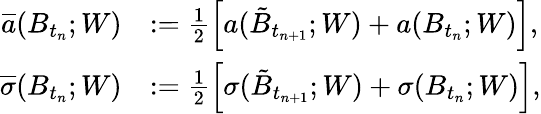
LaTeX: \begin{array}{rl}{\overline{{a}}(B_{t_{n}};W)}&{:=\frac{1}{2}\left[a(\tilde{B}_{t_{n+1}};W)+a(B_{t_{n}};W)\right],}\\ {\overline{{\sigma}}(B_{t_{n}};W)}&{:=\frac{1}{2}\left[\sigma(\tilde{B}_{t_{n+1}};W)+\sigma(B_{t_{n}};W)\right],}\end{array}